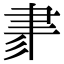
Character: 𦘔